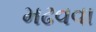
મઢવવા